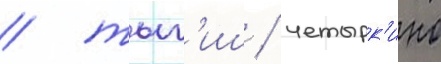
/ тыг'иш / четырк'ино